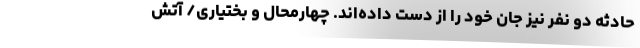
حادثه دو نفر نیز جان خود را از دست داده‌اند. چهارمحال و بختیاری/ آتش